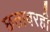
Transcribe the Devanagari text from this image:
छतावरही